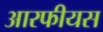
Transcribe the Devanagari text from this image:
आरफीयस